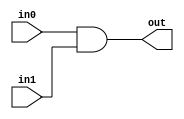
`timescale 1ns / 1ps

module and2_gate(

    input in0,
    input in1,
    output out
    );
    
    assign out = in0 & in1;
    
endmodule